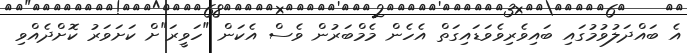
އެ ބައްދަލުވުމުގައި ބައިވެރިވެވަޑައިގަތް އެހެން މެމްބަރުން ވެސް އެކަން "ހަވީރަ"ށް ކަށަވަރު ކޮށްދެއްވި